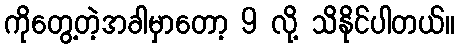
ကိုတွေ့တဲ့အခါမှာတော့ 9 လို့ သိနိုင်ပါတယ်။